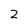
Character: 2